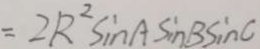
= 2 R ^ { 2 } \sin A \sin B \sin C